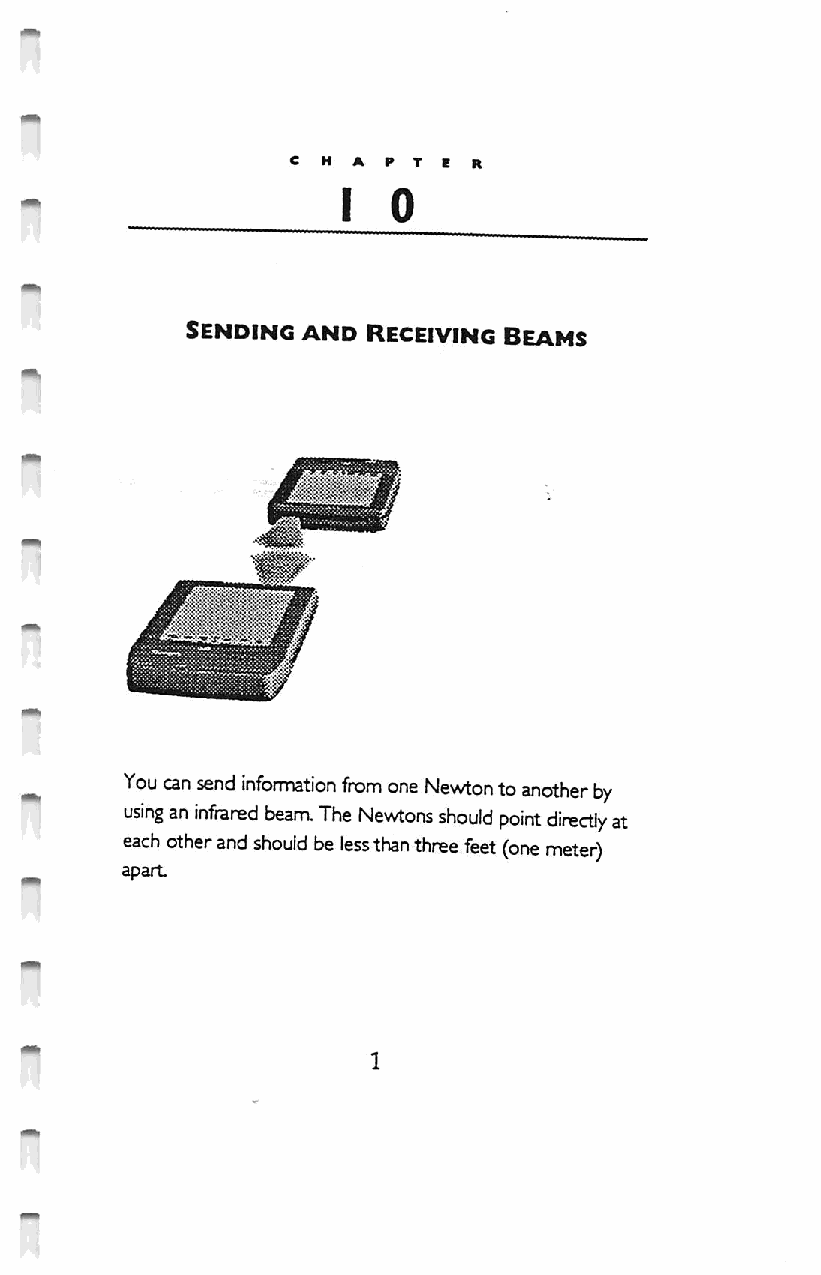
I   0
 Sending and Receiving Beams
 You can send information from one Newton to another by
 using an infrared beam. The Newtons should point directly at
 each other and should be less than three feet (one meter)
 apart.
 1